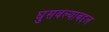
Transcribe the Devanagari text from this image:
घुसवल्याबद्दल